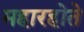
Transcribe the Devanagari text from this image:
महारहोते